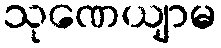
သုဏေယျာမ